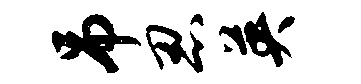
吊忍英